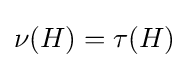
\nu (H)=\tau (H)